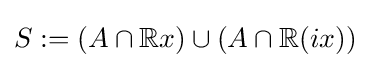
S:=(A\cap \mathbb {R} x)\cup (A\cap \mathbb {R} (ix))